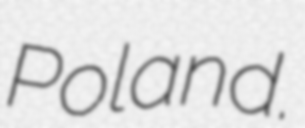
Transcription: Poland.